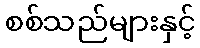
စစ်သည်များနှင့်